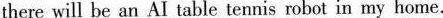
there will be an AI table tennis robot in my home.